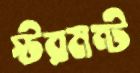
স্টরমন্ট